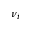
\nu _ { i }